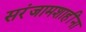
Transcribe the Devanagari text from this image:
सरंजामशाहींना